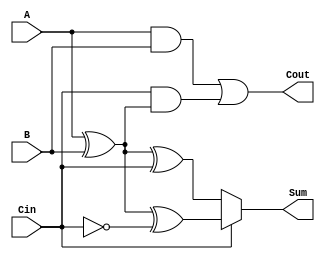
module ConditionalSumFullAdder (
    input wire A,      // First binary input
    input wire B,      // Second binary input
    input wire Cin,    // Carry-in input
    output wire Sum,   // Resulting sum output
    output wire Cout   // Carry-out output
);

    // Intermediate signals for potential sums
    wire S0;
    wire S1;

    // Calculate S0 and S1
    assign S0 = A ^ B ^ Cin;           // S0 = A  B  Cin
    assign S1 = A ^ B ^ ~Cin;          // S1 = A  B  Cin

    // Carry-out calculation
    assign Cout = (A & B) | (Cin & (A ^ B)); // Cout = (A  B) + (Cin  (A  B))

    // Final sum selection based on Cin
    assign Sum = Cin ? S1 : S0;        // If Cin is 1, choose S1; else choose S0

endmodule